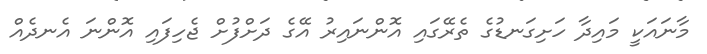
މާނައަކީ މައިދާ ހަށިގަނޑުގެ ތެރޭގައި އޮންނައިރު އޭގެ ދަށްފުށް ޖެހިފައި އޮންނަ އެނދެއް